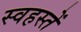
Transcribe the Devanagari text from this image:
स्वहस्तें